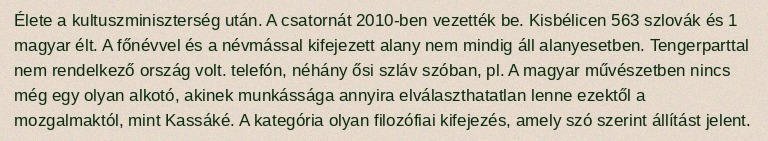
Élete a kultuszminiszterség után. A csatornát 2010-ben vezették be. Kisbélicen 563 szlovák és 1 magyar élt. A főnévvel és a névmással kifejezett alany nem mindig áll alanyesetben. Tengerparttal nem rendelkező ország volt. telefón, néhány ősi szláv szóban, pl. A magyar művészetben nincs még egy olyan alkotó, akinek munkássága annyira elválaszthatatlan lenne ezektől a mozgalmaktól, mint Kassáké. A kategória olyan filozófiai kifejezés, amely szó szerint állítást jelent.